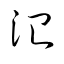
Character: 治